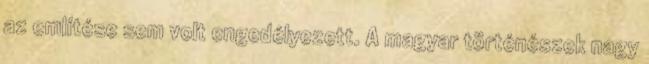
az említése sem volt engedélyezett. A magyar történészek nagy